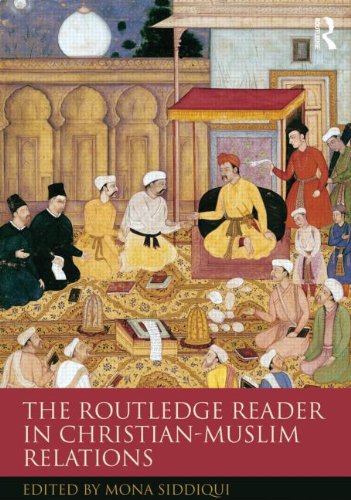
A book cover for The Routledge Reader in Christian-Muslim Relations; Religion & Spirituality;